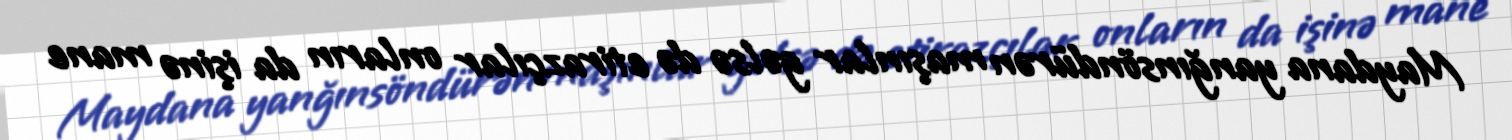
Maydana yanğınsöndürən maşınlar gəlsə də etirazçılar onların da işinə mane